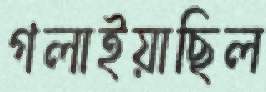
গলাইয়াছিল